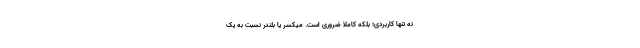
نه تنها کاربردی؛ بلکه کاملا ضروری است. میکسر یا بلندر نسبت به یک